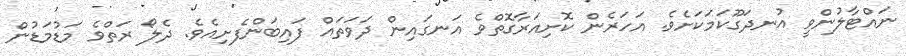
ނައްޓާލުންވީ އުނދަގޫކަމަކަށެވެ. އަހަރެން ކޮށިއަރާގޮތްވެ އަނގައިން ދަވަތައް ފައިބަންފެށިއެވެ. ދެލޯ ރަތްވެ މަޑުމަޑުން